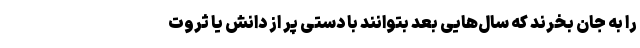
را به جان بخرند که سال‌هایی بعد بتوانند با دستی پُر از دانش یا ثروت